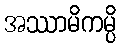
အဿာမိကမ္ပိ